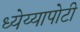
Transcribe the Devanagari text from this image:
ध्‍येय्यापोटी